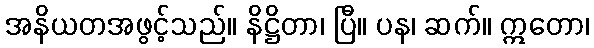
အနိယတအဖွင့်သည်။ နိဋ္ဌိတာ၊ ပြီ။ ပန၊ ဆက်။ ဣတော၊